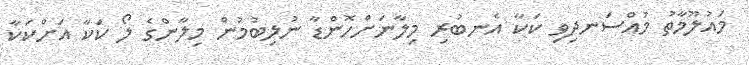
މައުލޫމާތު މުއްސަނދިވި ކަކާ އެނބުރި މިލާނަށްހޮންޑާ ނުލިބުމުން މިލާންގެ ލޯ ކަކާ އަށްކަކާ